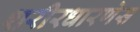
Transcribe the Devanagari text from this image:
शरीरधारणेस